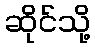
ဆိုင်သို့